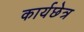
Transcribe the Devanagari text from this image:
कार्यछेत्र